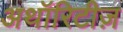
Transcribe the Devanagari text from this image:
अथॉरिटीज़